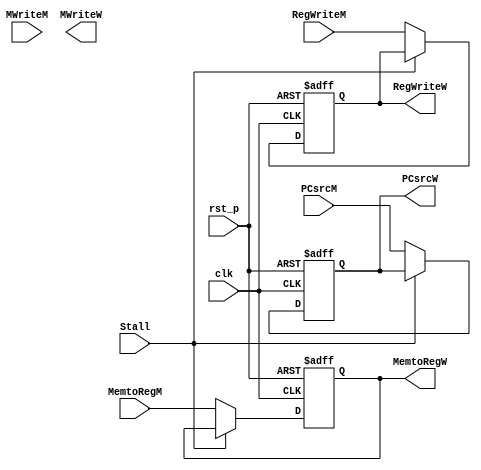
module RegisterM2W_Cond (
    input clk,
    input rst_p,
    // input refresh,
    input Stall,

    input PCsrcM,
    input RegWriteM,
    input MemtoRegM,
    input MWriteM,

    output PCsrcW,
    output RegWriteW,
    output MemtoRegW,
    output MWriteW
);

    reg PCsrc_reg;
    reg RegWrite_reg;
    reg MemtoReg_reg;

    always @(posedge clk or posedge rst_p)  begin
        if(rst_p)   begin
            PCsrc_reg <= 1'd0;
            RegWrite_reg <= 1'd0;
            MemtoReg_reg <= 1'd0;
        end
        // else if(refresh)    begin
        //     PCsrc_reg <= 1'd0;
        //     RegWrite_reg <= 1'd0;
        //     MemtoReg_reg <= 1'd0;
        // end
        else if(Stall)  begin
            PCsrc_reg <= PCsrc_reg;
            RegWrite_reg <= RegWrite_reg;
            MemtoReg_reg <= MemtoReg_reg;
        end
        else    begin
            PCsrc_reg <= PCsrcM;
            RegWrite_reg <= RegWriteM;
            MemtoReg_reg <= MemtoRegM;
        end
    end

    assign PCsrcW = PCsrc_reg;
    assign RegWriteW = RegWrite_reg;
    assign MemtoRegW = MemtoReg_reg;
endmodule